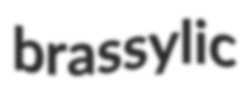
brassylic